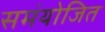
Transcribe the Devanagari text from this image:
समंयोजित